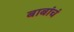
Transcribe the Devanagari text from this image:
बाबांचं